Plague in India, 1896, 1897 - Volume 3
Year: 1896
Disease focus: Plague
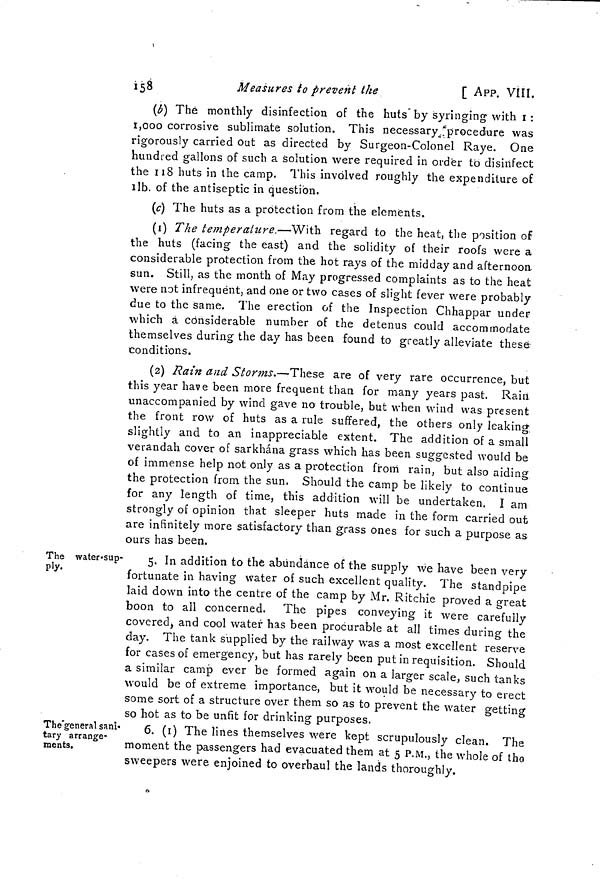
158
Measures to prevent
the
[ APP. VIII.
(b) The monthly disinfection of the huts by syringing with I :
1,000 corrosive sublimate solution. This necessary procedure was
rigorously carried out as directed by Surgeon-Colonel Raye. One
hundred gallons of such a solution were required in order to disinfect
the 118 huts in the camp. This involved roughly the expenditure of
11b. of the antiseptic in question.
(c) The huts as a protection from the elements.
(1) The temperature.—With regard to the heat, the position of
the huts (facing the east) and the solidity of their roofs were a
considerable protection from the hot rays of the midday and afternoon
sun. Still, as the month of May progressed complaints as to the heat
were not infrequent, and one or two cases of slight fever were probably
due to the same. The erection of the Inspection Chhappar under
which a considerable number of the detenus could accommodate
themselves during the day has been found to greatly alleviate these
conditions.
(2) Rain and Storms.—These are of very rare occurrence, but
this year have been more frequent than for many years past. Rain
unaccompanied by wind gave no trouble, but when wind was present
the front row of huts as a rule suffered, the others only leaking
slightly and to an inappreciable extent. The addition of a small
verandah cover of sarkhána grass which has been suggested would be
of immense help not only as a protection from rain, but also aiding
the protection from the sun. Should the camp be likely to continue
for any length of time, this addition will be undertaken. I am
strongly of opinion that sleeper huts made in the form carried out
are infinitely more satisfactory than grass ones for such a purpose as
ours has been.
The water-sup-
ply.
5. In addition to the abundance of the supply we have been very
fortunate in having water of such excellent quality. The standpipe
laid down into the centre of the camp by Mr. Ritchie proved a great
boon to all concerned. The pipes conveying it were carefully
covered, and cool water has been procurable at all times during the
day. The tank supplied by the railway was a most excellent reserve
for cases of emergency, but has rarely been put in requisition. Should
a similar camp ever be formed again on a larger scale, such tanks
would be of extreme importance, but it would be necessary to erect
some sort of a structure over them so as to prevent the water getting
so hot as to be unfit for drinking purposes.
The'general sani«
tary arrange-
ments.
6. (I) The lines themselves were kept scrupulously clean. The
moment the passengers had evacuated them at 5 P.M., the whole of the
sweepers were enjoined to overhaul the lands thoroughly.